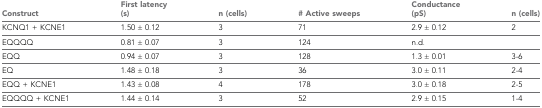
| Construct | First latency (s) | n (cells) | # Active sweeps | Conductance (pS) | n (cells) |
 | --- | --- | --- | --- | --- | --- |
 | KCNQ1 + KCNE1 | 1.50 ± 0.12 | 3 | 71 | 2.9 ± 0.12 | 2 |
 | EQQQQ | 0.81 ± 0.07 | 3 | 124 | n.d. |  |
 | EQQ | 0.94 ± 0.07 | 3 | 128 | 1.3 ± 0.01 | 3-6 |
 | EQ | 1.48 ± 0.18 | 3 | 36 | 3.0 ± 0.11 | 2-4 |
 | EQQ + KCNE1 | 1.43 ± 0.08 | 4 | 178 | 3.0 ± 0.18 | 2-5 |
 | EQQQQ + KCNE1 | 1.44 ± 0.14 | 3 | 52 | 2.9 ± 0.15 | 1-4 |